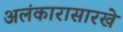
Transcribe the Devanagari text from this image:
अलंकारासारखे